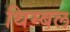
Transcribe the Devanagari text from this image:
थिम्बल